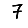
Digit: 7